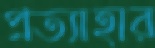
প্রত্যাহার